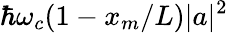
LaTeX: \hbar\omega_{c}(1-x_{m}/L)|a|^{2}